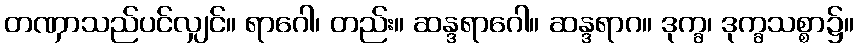
တဏှာသည်ပင်လျှင်။ ရာဂေါ၊ တည်း။ ဆန္ဒရာဂေါ။ ဆန္ဒရာဂ။ ဒုက္ခ၊ ဒုက္ခသစ္စာ၌။